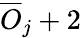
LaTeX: \overline{{O}}_{j}+2